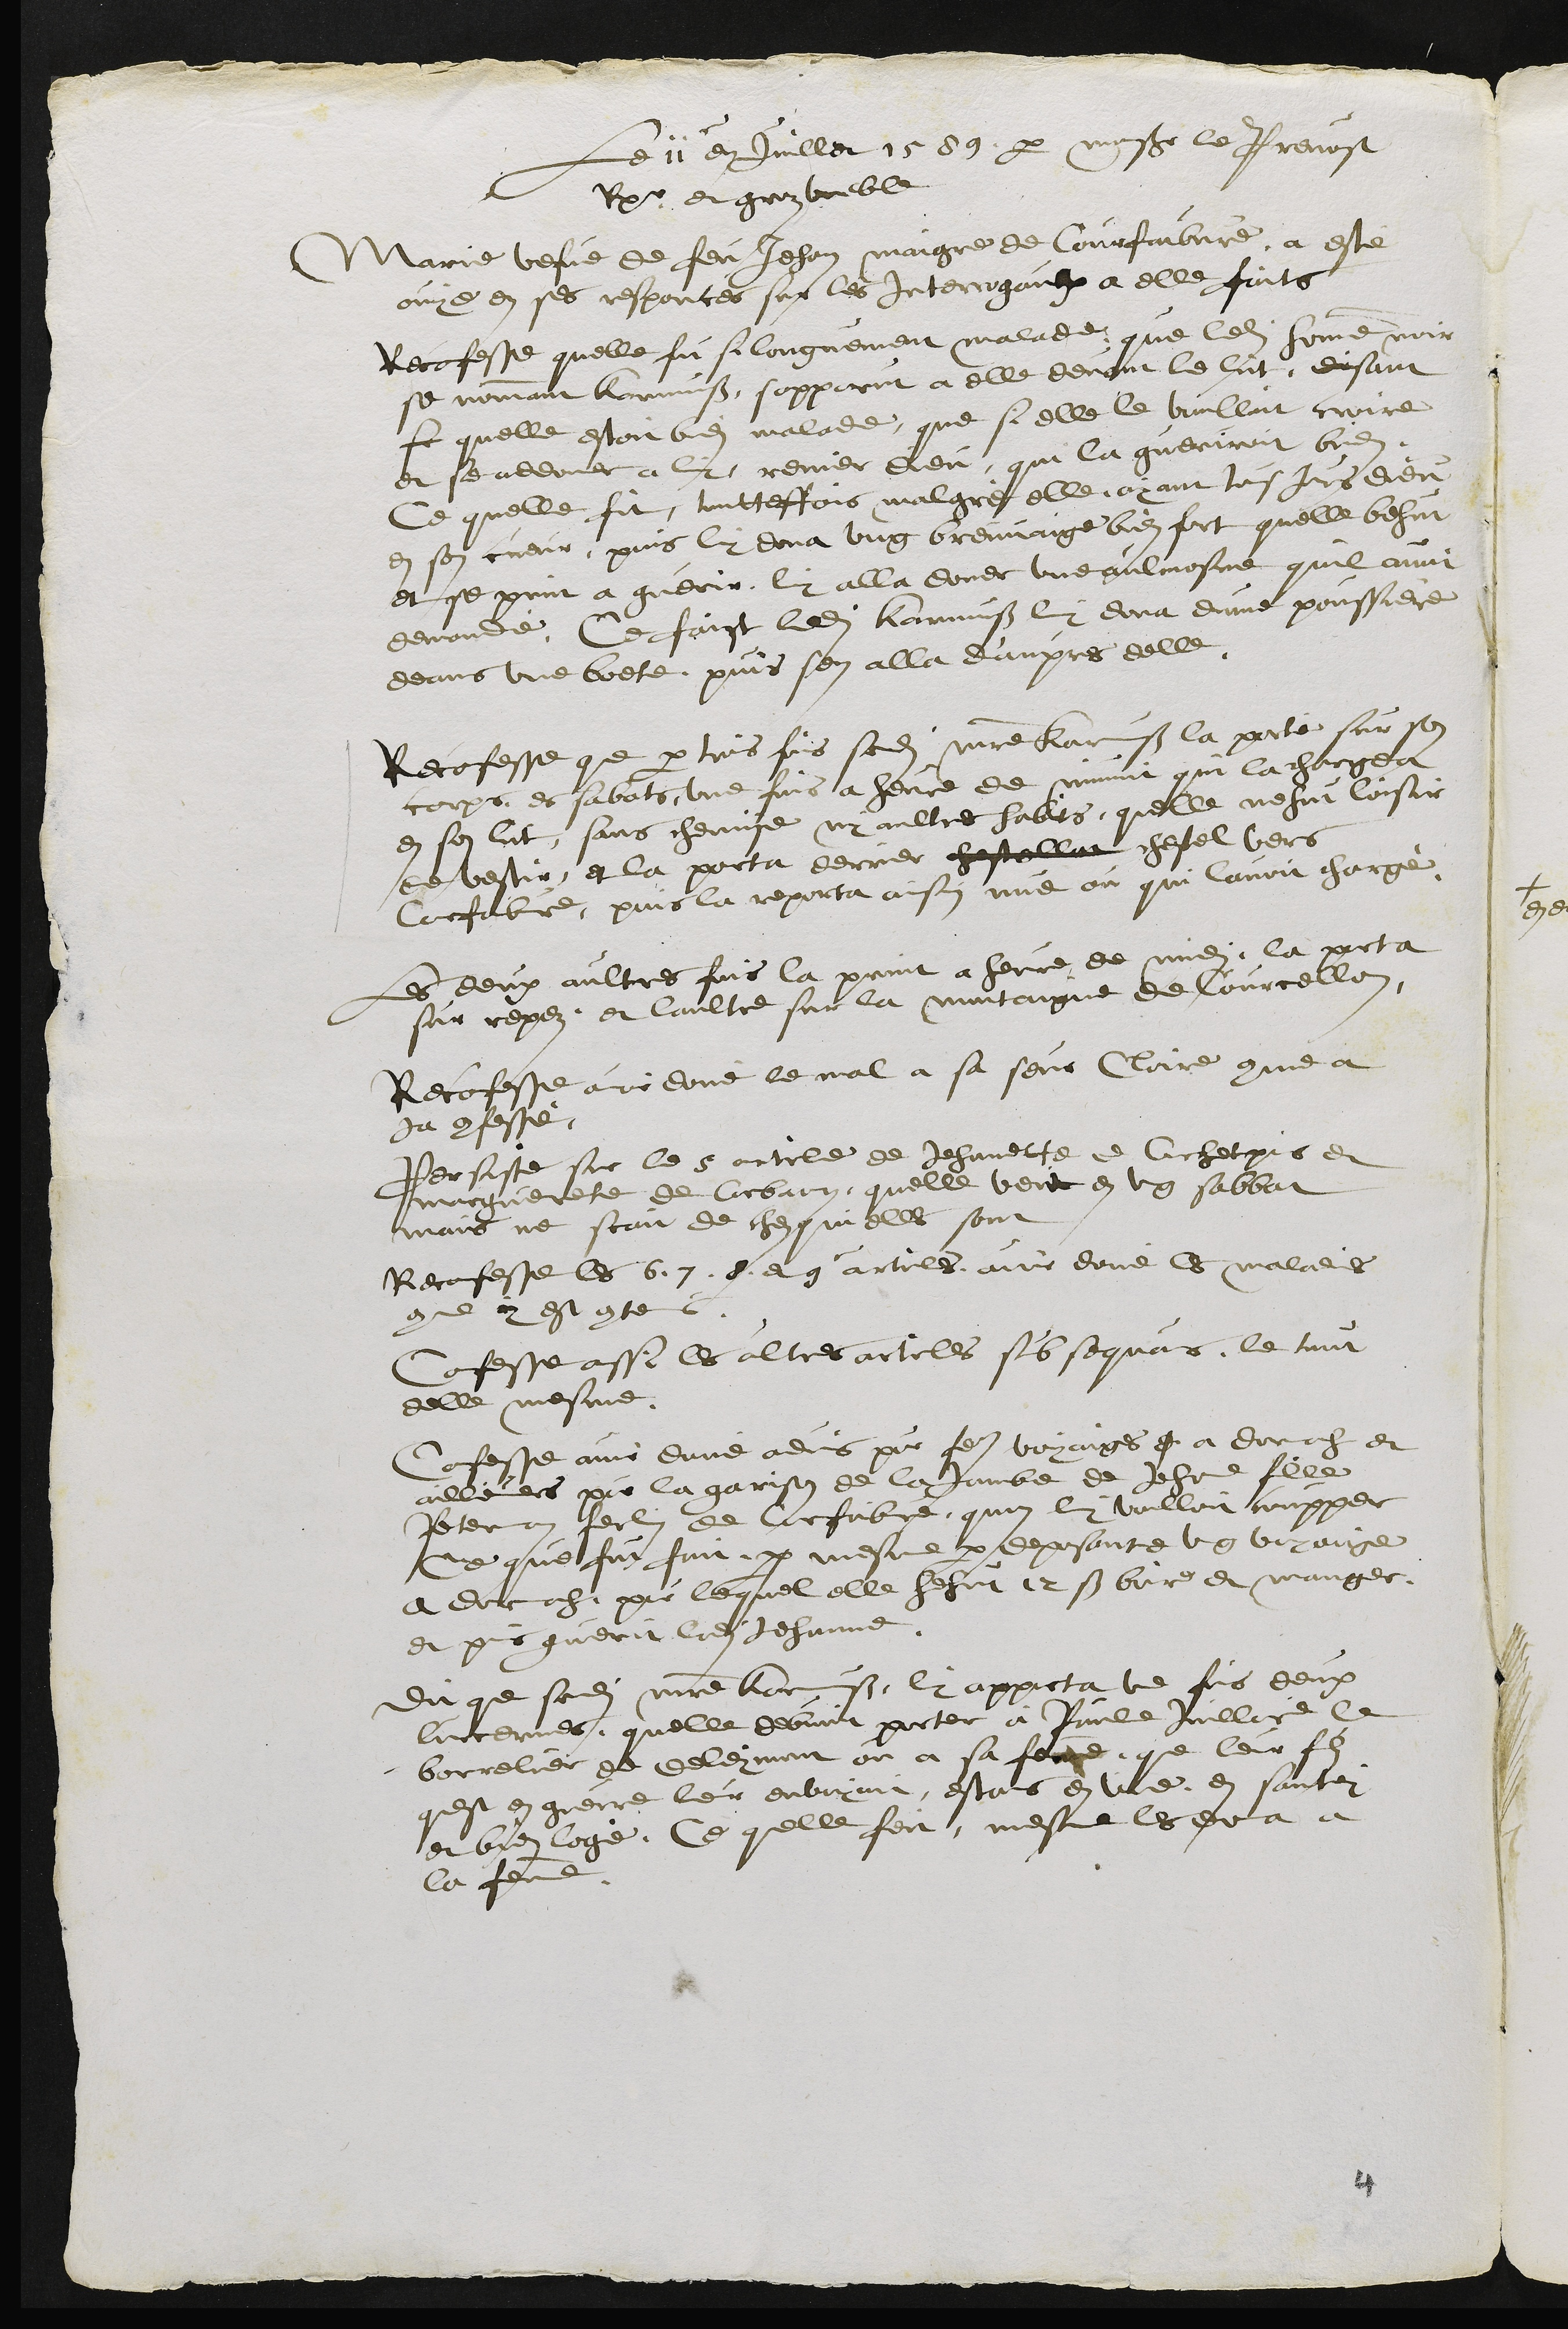
Le 11e en juillet 1589 par monsieur le Prevost
Rpr et groz voeble
Marie vefve de feu Jehan maigre de Courtfaibvre, a esté
ouye en ses responces sur les interrogaulx a elle faits
Reconfesse quelle fu si longuement malade que ledit homme noir
se nommant Karmuss sapparut a elle devant le lict, disant
se quelle estoit bien malade que si elle le voulloit croire
et se addonner a luy renier dieu, qui la gueriroit bien
Ce quelle fit toutteffois malgré elle ayant tousjours dieu
en son cueur puis luy dona ung breuvaige bien fort quelle behut
et se print a guerir, luy alla doner une aulmosne quil avoit
demandé, Ce faist ledit Karmuss luy dona dune poussiere
deans une boete puis sen alla d'aupres delle
Reconfesse que par trois fois sondit maistre Karmuss la porté sur son
corps es sabats, une fois a heure de minuit qui la chargea
en son lict, sans chemise ny aultre habits, quelle nehut loisir
de vestir et la porta derrier chestellat chestel vers
Corfaibvre, puis la reporta ainsin nue ou qui lavoit chargé,
Les deux aultres fois la print a heure de midi, la porta
sur repez et laultre sur la montaigne de Courcellon,
Reconfesse avoir doné le mal a sa seur Claire comme a
ja confessé
Persiste sur le 5 article de Jehannette de Corchepis et
marguerite de Corbaon, quelle veit en ung sabbat
mais ne scait de ches qui elle sont
Reconfesse les 6. 7. 8. et 9e articles avoir donné les maladies
comme y est contenus
Confesse aussi les aultres articles subsequans le tout
delle mesme
Confesse avoir doné advis pour faire voyaige d a dornach et
ailleurs pour la garison de la jambe de Jehanne fille
Petermann Ferlin de Corfaibvre quon luy voulloit coupper
Ce que fut fait par mesme par deposante ung voyaige
a Dornach pour lequel elle hehut 12 sous boire et manger,
et puis guerit ladite Jehanne
dit que sondit maistre Karmuss luy apporta une fois deux
lunternes quelle debvoit porter a Paule Juillerat le
borrelier de Deleymont ou a sa femme que leur filz
quest en guerre leur envoyoit, estans en vie en santei
et bien logé, Ce quelle feit mesme les dona a
la femme